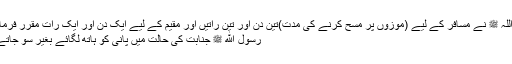
رسول اللہ ﷺ نے مسافر کے لیے (موزوں پر مسح کرنے کی مدت)تین دن اور تین راتیں اور مقیم کے لیے ایک دن اور ایک رات مقرر فرمائی ہے
رسول الله ﷺ جنابت کی حالت میں پانی کو ہاتھ لگائے بغیر سو جاتے تھے۔